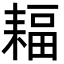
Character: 𦔆